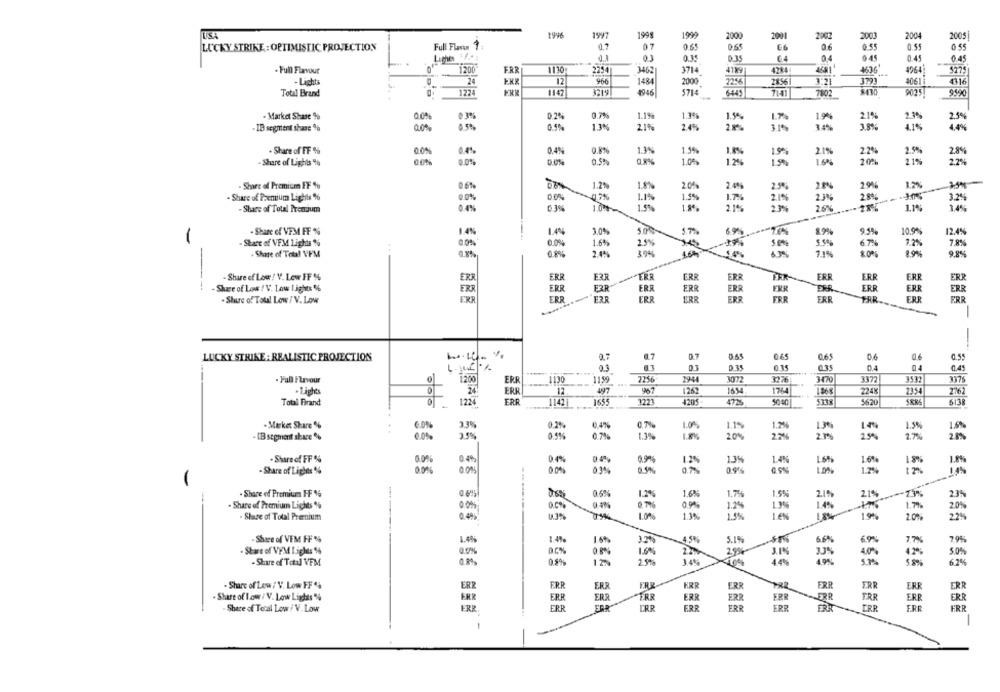
1996
1997
1998
1999
2000
2004
2001
2002
2003
2005
LUCKY STRIKE : OPTIMISTIC PROJECTION
Full Flavon 1
0.7
0.65
€6
06
0.55
0.5
0 55
Liche f."
01
0.35
€4
0.4
0.45
0.45
0.45
1200
1130
2254
3462
3714
4129
. Full Flavour
ERR
4284
4636'
4964
3279
- Light
24
12
966
1484
2000
2256
3:21
4061
Total Brand
1224
1142
4946
5714
6445
7802
9025
9990
- Market Share %
0.2%
0.7%
1.1%
1.39%
1.5%
21%
21
- ID segment shane %
0 5%
0.5%
1.3%
21%
2.4%
21%
3 19
3.8%
4.4%
- Share of FF %
00%
0.4%
0.4%
0.8%
1.3%
1.5%
1.8%
22%
2.5%
19%
2 1%
2.8%
- Share of Lights %
OON
0.0%
0.0%
0.5%
1.0%
1.2%
1.6
20%
21%
2.2%
Share of Premium FF %
1.2%
20%
2.4%
2%
29%
1.2%
- Share of Premium Lights %
8.0%
1.1%
1.5%
1.7%
2.19
23%
3.2%
0.4%
03%
1.5%
21%
2.6%
1.1%
14%
- Share of Total Premium
Share of VEM FF %
1.4%
3.0%
5.7%
69%
9.9%
10.9%
12.4%
-
00%
0.0%
1.6%
2.5%
5.5%
Stare of VFM Lights %%
19%
67%
7,8%
Share of Total VFM
0.8%
2.4%
3.0%%
7.1%
80%
9.8%
- Share of Low / V. Low FF %
ERR
ERR
ERR
ERR
ERR
ERF
ER
ER
ERR
ER
Share of Low ! V. Low Lights %
ERR
ERR
F3R
ERR
ERR
ERF
ERR
ERR
ER
ER
ERR
ERP
ERR
ERR
ER
FRR
ERR
. Shure of Total Low / V. Low
ERR
ERR
ERF
PAR.
FRR
LUCKY STRIKE : REALISTIC PROJECTION
065
06
0.55
015
0.45
0,3
. Full Flavour
1200
ERR
1130
1159
2944
30072
3276
3-70
3377
3532
3376
of
ERR
12
497
967
1262
1634
1865
2248
2354
2762
Total Brand
0
ERR
1655
1221
4205
4725
5138
5620
5138
1224
- Market Share %
6.0%
33%
0.2%
0,4%
0.7%
1.0%
15%
- IB segment share %
0.0%
25%
13%
20%
2.2%
1.7%
0.5%
0.7%
2m
. Share of FF %
00%
0.4%
0.9%%
1.2%
13%
1.4%%
16%
1.8%
- Share of Lights %
0.0%
LON
in
- Share of Premium FF 6
0.5%
1.6%
1.7%
1.5%
2.1%
21%
23%
. Share of Premium Lights %
1.2%
0.9%
1.2%
1 9%
1.4%
OT
- Share of Total Premium
0.4%
03%
13%
1.5%
Les
2.0%
- Share of VEM FF %
45%
6.6%
6.9%
79%
1.49
5.1%
17%
- Stare of VPM Lights 1%
29%
42%
3.0%
120
40%
- Share of Total VFM
0.8%
555
4%
5.8%
62%%
- Share of Low / V. Low FF '4
ERR
ERR
ERR
FRE
ERR
ERR
ERR
ERR
ERF
ERR
.Share of low / V. Low Lights %
ERR
ERR
ERR
ERR
ERR
ER
ERR
ER
ERR
ERR
ERR
Share of Tocal Low / V. Low
ERR
ERR
ERR
ERR
ERR
ERR
ERR
ERR
ERR
FRR
ERR